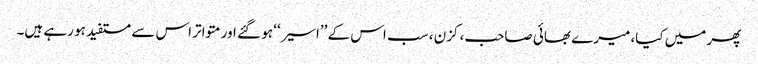
پھر میں کیا، میرے بھائی صاحب، کزن ، سب اس کے ’’اسیر‘‘ ہو گئے اور متواتر اس سے مستفید ہو رہے ہیں۔